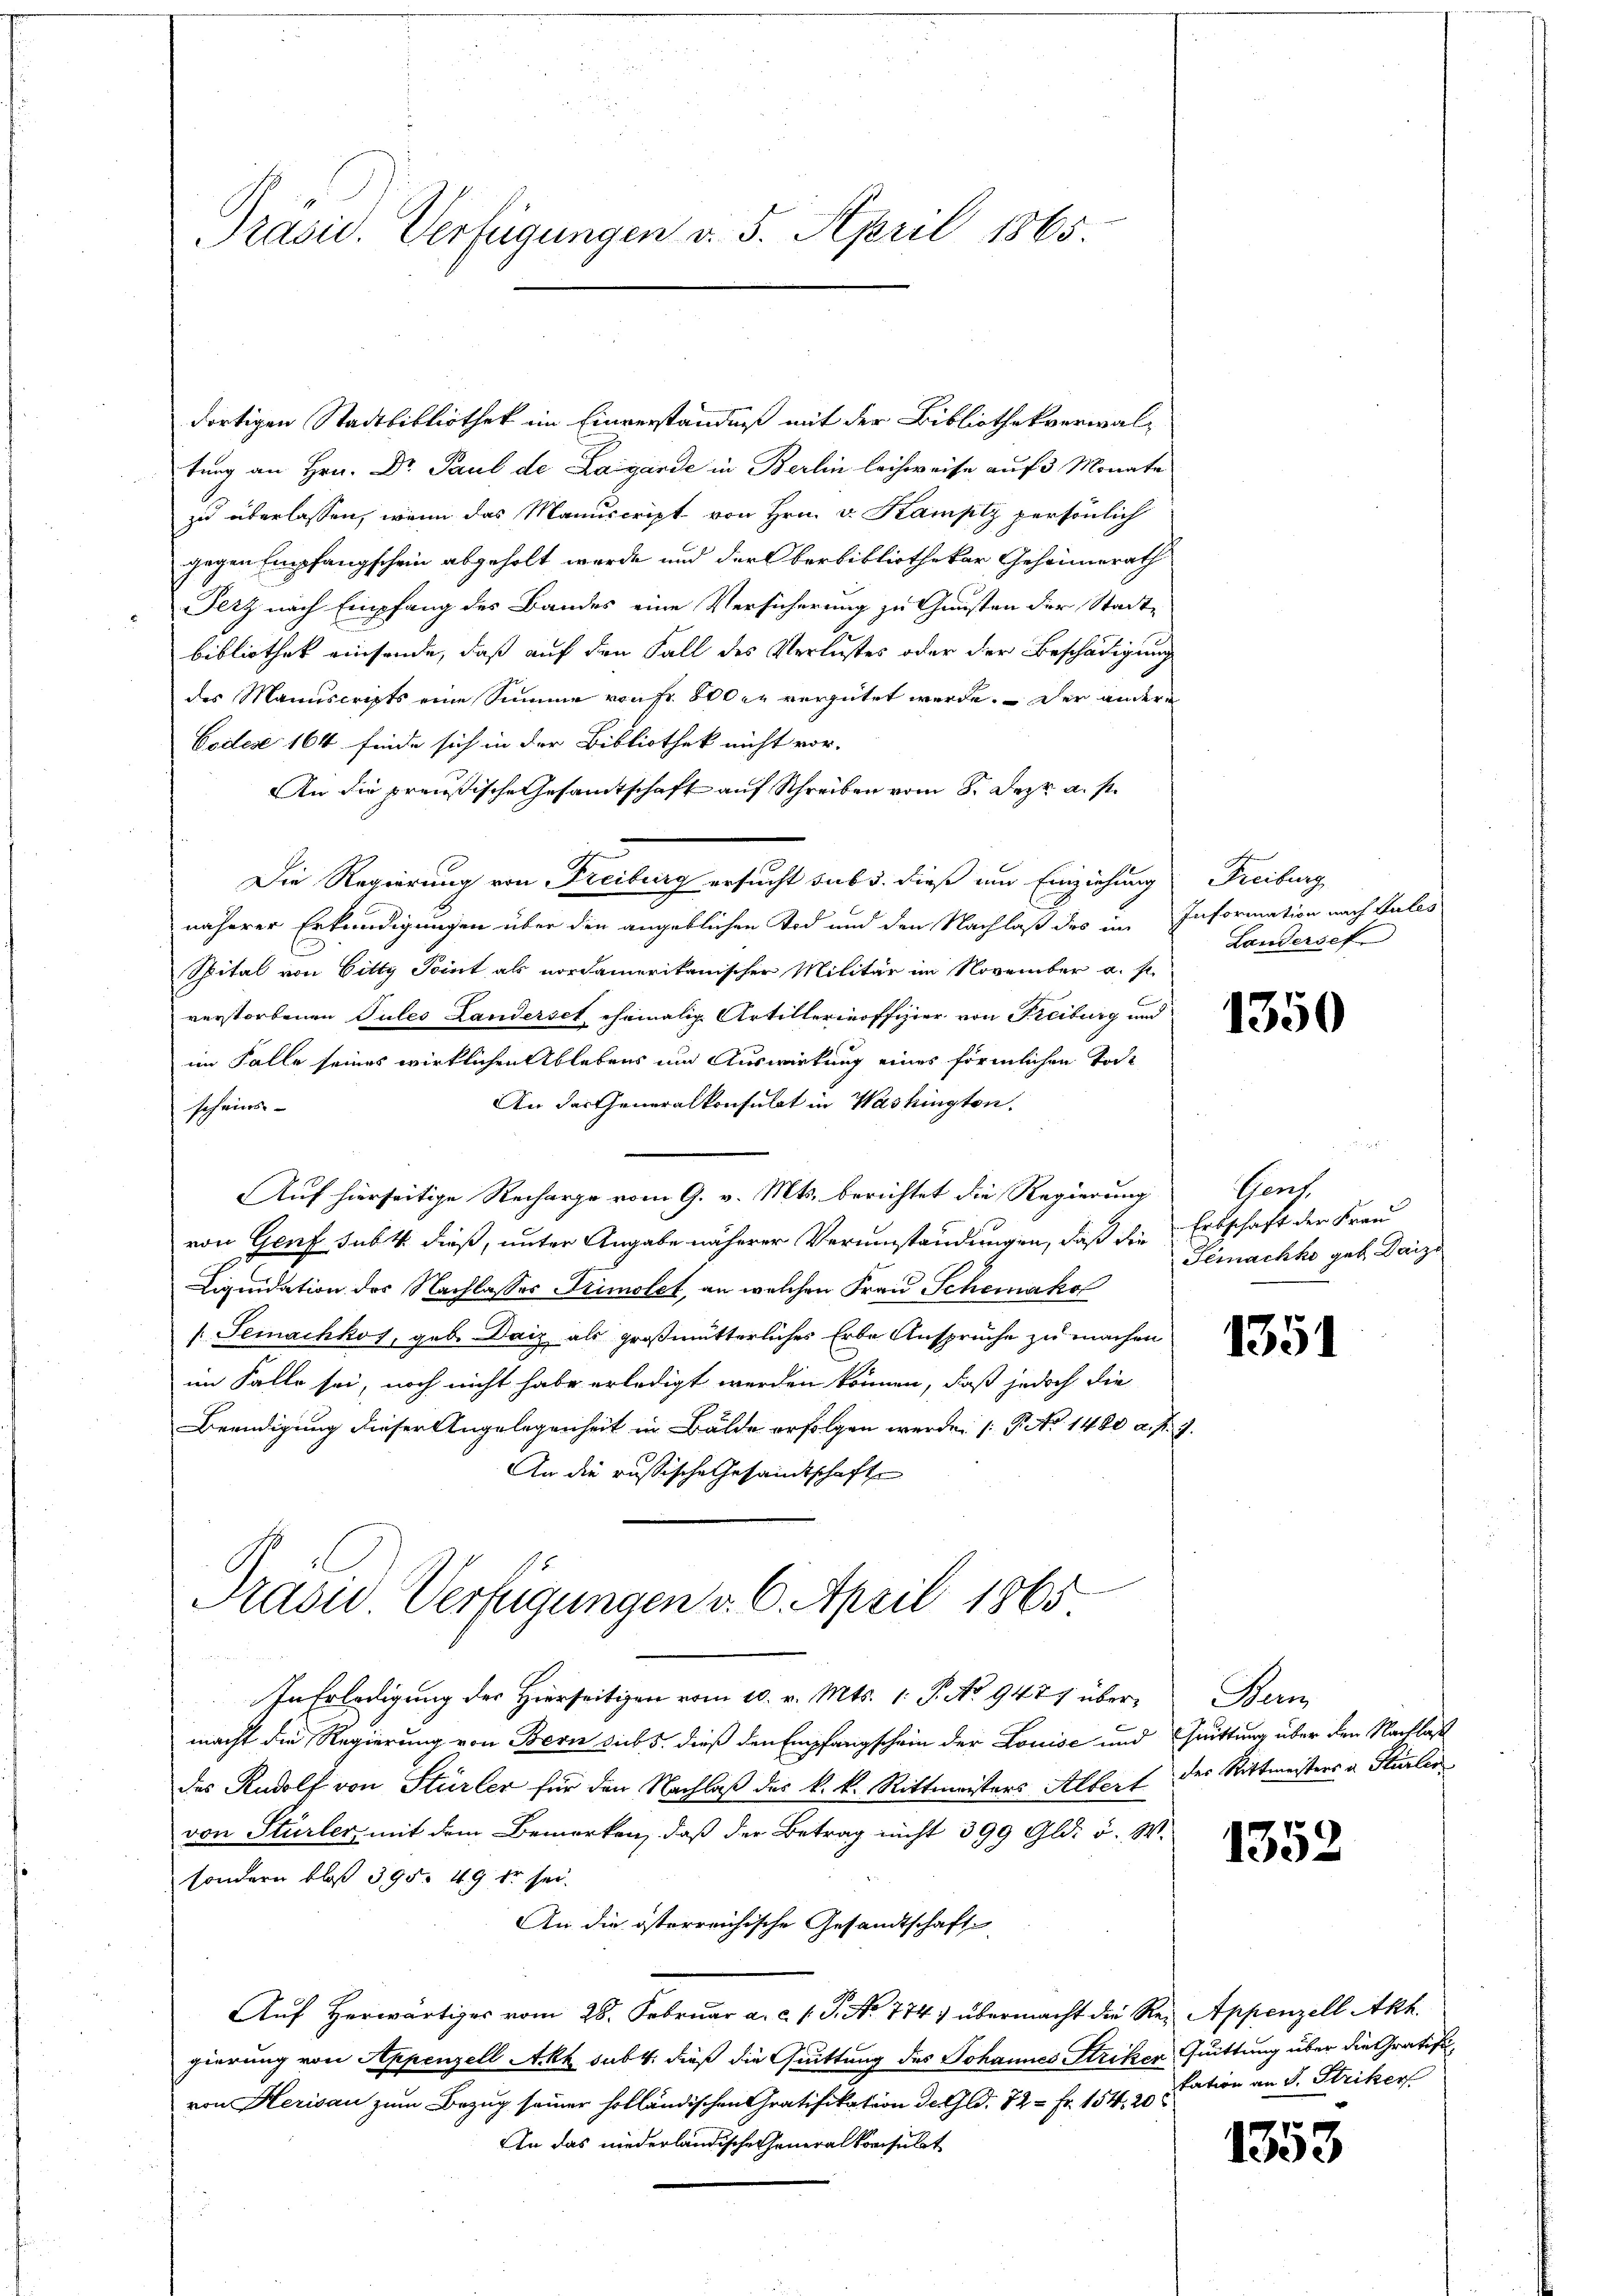
Präsid. Verfügungen v. 5. April 1865.

dortigen Stadtbibliothek im Einverständniß mit der Bibliothekverwaltung an Hrn. Dr. Paul de Lagarde in Berlin leichweise auf 3 Monate
zu überlassen, wenn das Manuscript von Hrn. v. Kamply persönlich
gegen Empfangschein abgeholt werde und der Oberbibliothekar Geheimerath
Tetz nach Empfang des Bandes eine Versicherung zu Gunsten der Stadt-
bibliothek einsende, daß auf den Fall des Verlustes oder der Beschädigung
des Manuscripts eine Summe von Fr. 80 der vergütet werde. Der andere
Codese 164 finde sich in der Bibliothek nicht vor-
An die preußische Gesamtschaft auf Schreiben vom 8. Dez. a. s.
Die Regierung von Freiburg ersucht sub 3. dieß um Einziehung Freiburg
näherer Erkundigungen über den angeblichen Tod und den Nachlaß des im Information nach Vales
Spital von Gitty Point als nordamerikanischer Militär im November a. f.
verstorbenen Tules Landerset ehemalig Artillerinoffizier von Freiburg und
im Falle seines wirklichen Ablebens um Auswirkung eines förmlichen Tort
An der Generalkonsulat in Washington.
scheins- |
Auf hierseitige Recharge vom 9. v. Mts. berichtet die Regierung
von Genf subt dieß, unter Angabe näherer Verumständungen, daß die Erbschaft der Frau
Liquidation des Nachlasses Primolet, an welchen Frau Schemako
 Jemachkos, geb. Daiz als großmutterliches Erbe Ansprüche zu machen
im Falle sei, noch nicht habe erledigt werden können, daß jedoch die
Beendigung dieser Angelegenheit in Bälde erfolgen werden (P No 1480 a. f. J.
An die russische Gesandtschafte

Präsid Verfügungen v. 6. April 1865

In Erledigung der Hierseitigen vom 10. v. Mts. 1. S. No 9477 über Bern
macht die Regierung von Bern sub 5. dieß den Empfangschein der Louise und Quittung über den Nachlaß
des Rudolf von Stürler für den Nachlaß des k. k. Rittmeisters Albert des Rittmeisters u. Stürler
von Stürler, mit dem Bemerken, daß der Betrag nicht 399 Gld. v. W.
sondern bloß 395. 49 dr sei.
An die österreichische Gesandtschaft
Auf Herwärtiges vom 28. Februar a. c. 1 S. No 774. übermacht die Re- Appenzell Akt.
gierung von Appenzell Akh sub 4. dieß die Quittung des Johannes Striken, Quittung über die Gratifivon Herisau zum Bezug seiner holländischen Gratifikation de Gld. 72 - Fr. 154. 20
An das niederländische Generalkonsulat

Landerset

1350

Thens
Gemachko geb. Daz

1351

1352

kation an S. Striker

1353